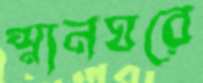
স্নানঘরে